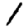
Digit: 1